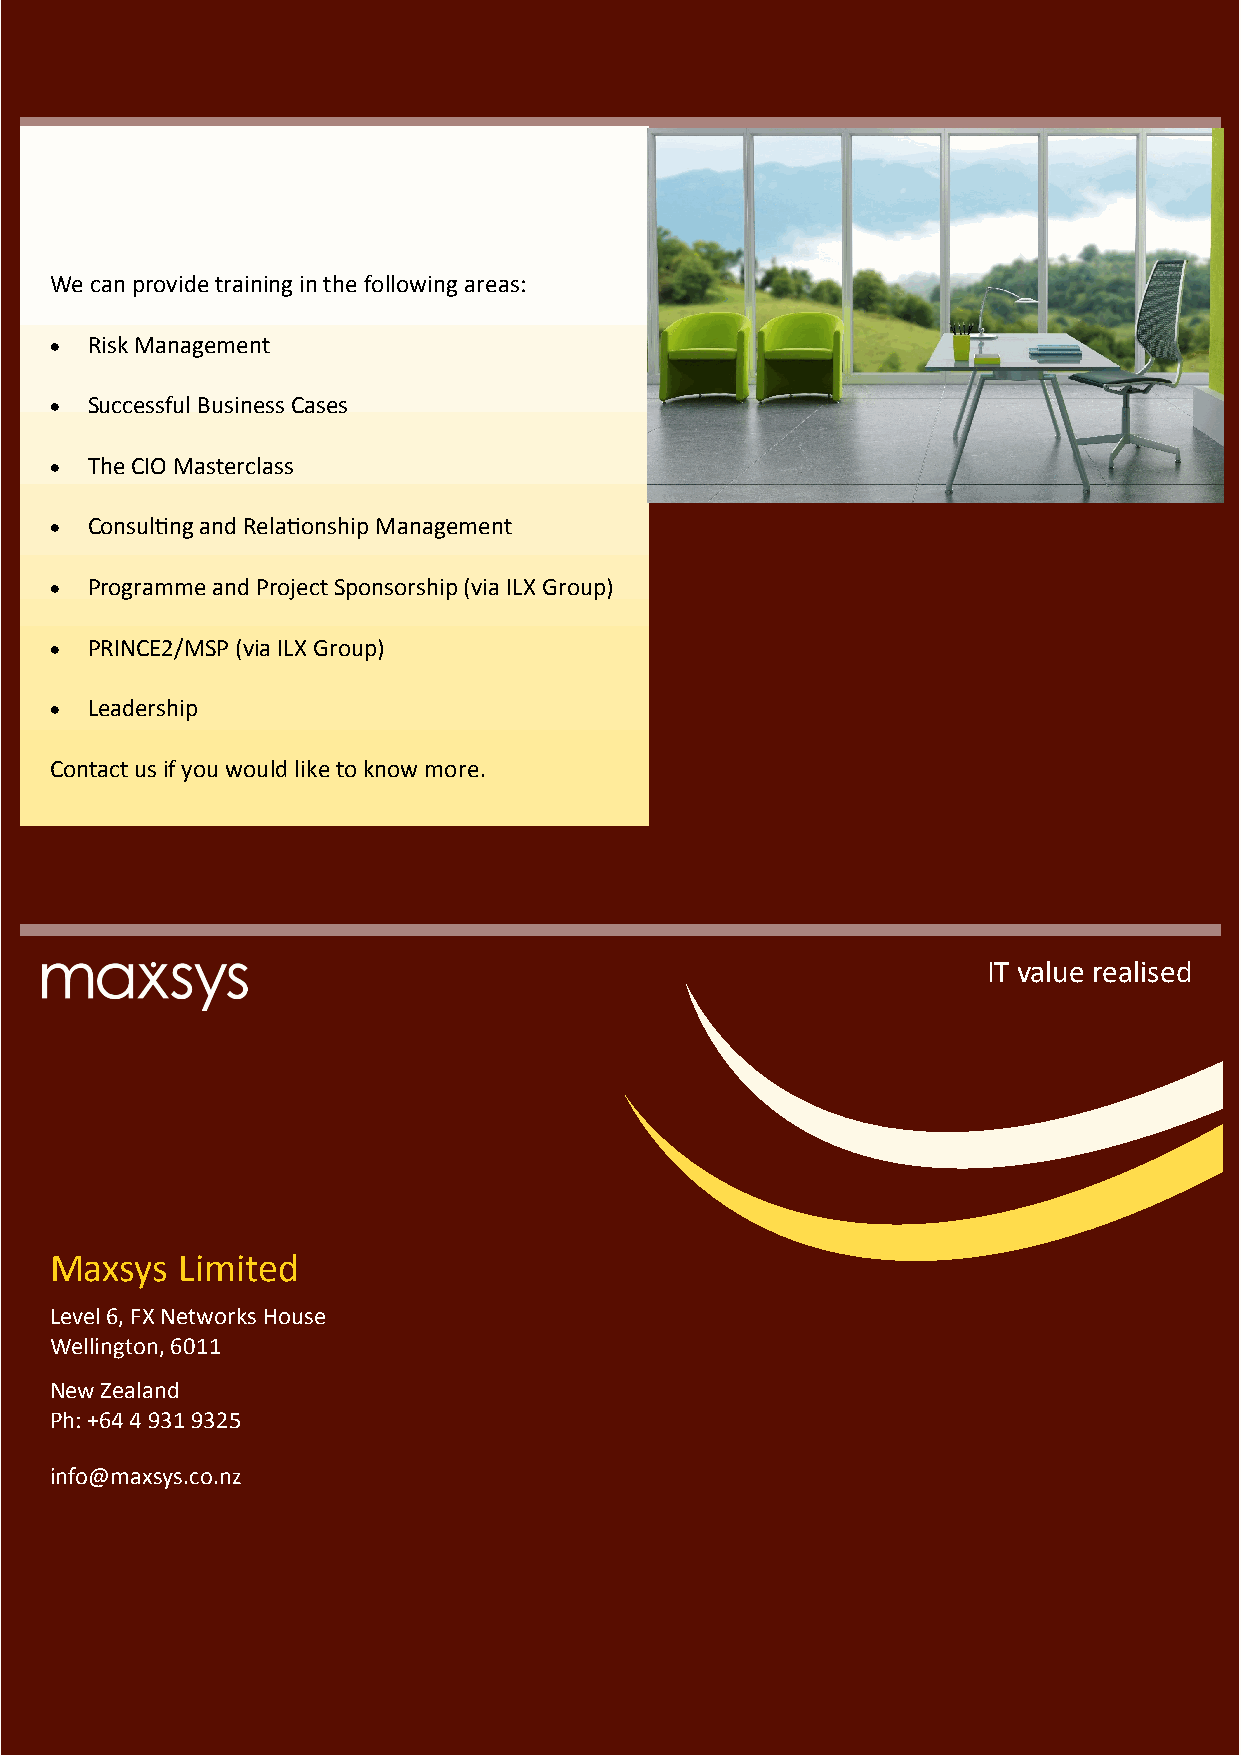
We can provide training in the following areas:
   Risk Management
   Successful Business Cases
   The CIO Masterclass
   Consulting and Relationship Management
   Programme and Project Sponsorship (via ILX Group)
   PRINCE2/MSP (via ILX Group)
   Leadership
 Contact us if you would like to know more.
 IT value realised
 Maxsys   Limited
 Level 6, FX Networks House
 Wellington, 6011
 New Zealand
 Ph: +64 4 931 9325
 info@maxsys.co.nz